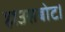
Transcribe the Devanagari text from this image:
हाउसबोट।